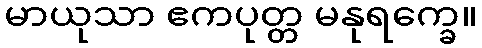
မာယုသာ ဧကပုတ္တ မနုရက္ခေ။